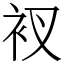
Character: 衩